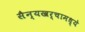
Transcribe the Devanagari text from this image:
सैन्यखर्चामध्ये